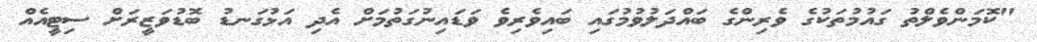
"ކޮމަންވެލްތު ގައުމުތަކުގެ ވެރިންގެ ބައްދަލުވުމުގައި ބައިވެރިވެ ވަޑައިނުގަތުމަށް އެދި އަޅުގަނޑު ބޮޑުވަޒީރަށް ސިޓީއެއް